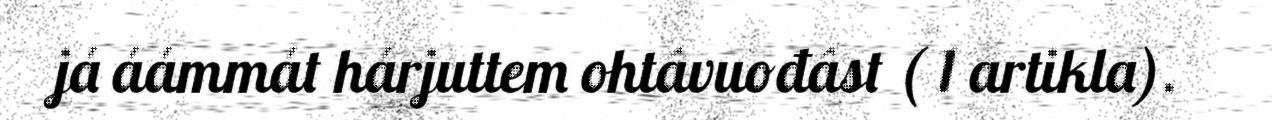
já áámmát hárjuttem ohtâvuođâst ( 1 artikla).